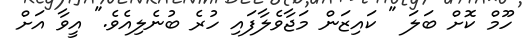
ހޫމް ކޮށް ބަލަ " ކައިޒަން މަޖާވެލާފައި ހުރެ ބުނެލިއެވެ." އީވާ އަށް